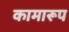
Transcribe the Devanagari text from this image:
कामारूप